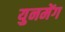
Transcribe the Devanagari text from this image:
युनमेंग